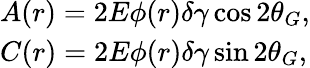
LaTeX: \begin{array}{l}{{A(r)=2E\phi(r)\delta\gamma\cos 2\theta_{G},}}\\ {{C(r)=2E\phi(r)\delta\gamma\sin 2\theta_{G},}}\end{array}